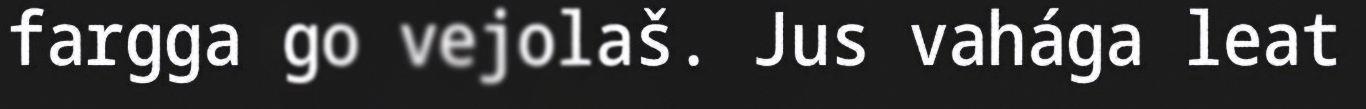
fargga go vejolaš. Jus vahága leat